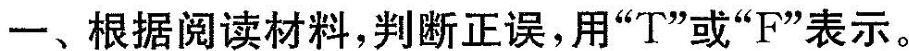
一、根据阅读材料,判断正误,用"T"或"F"表示。